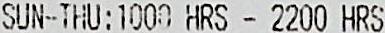
SUN-THU : 1000 HRS - 2200 HRS